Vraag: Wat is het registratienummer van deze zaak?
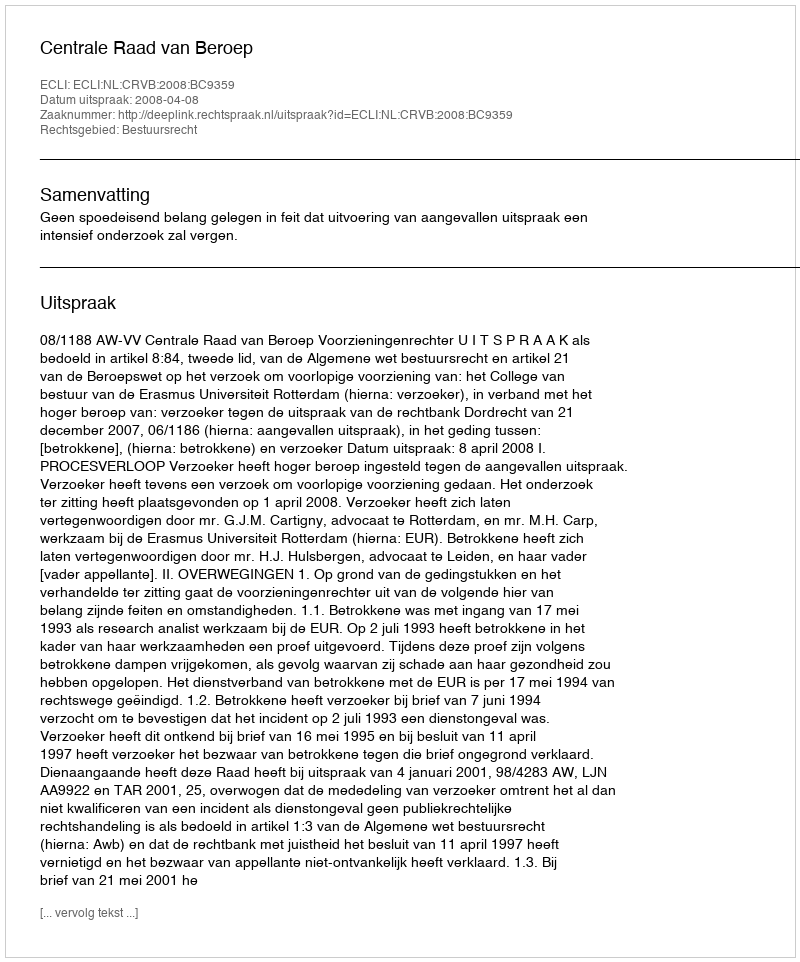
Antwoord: http://deeplink.rechtspraak.nl/uitspraak?id=ECLI:NL:CRVB:2008:BC9359